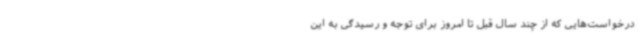
درخواست‌هایی که از چند سال قبل تا امروز برای توجه و رسیدگی به این